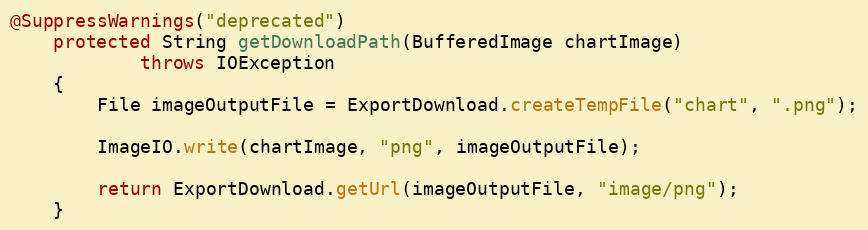
Language: Java
@SuppressWarnings("deprecated")
	protected String getDownloadPath(BufferedImage chartImage)
			throws IOException
	{
		File imageOutputFile = ExportDownload.createTempFile("chart", ".png");

		ImageIO.write(chartImage, "png", imageOutputFile);

		return ExportDownload.getUrl(imageOutputFile, "image/png");
	}